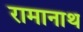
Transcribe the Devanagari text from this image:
रामानाथ